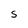
Character: S